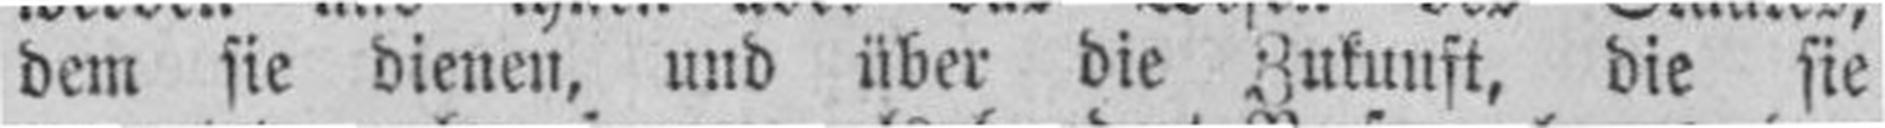
dem sie dienen, und über die Zukuuft, die sie